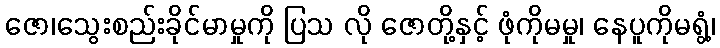
ဇော၊သွေးစည်းခိုင်မာမှုကို ပြသ လို ဇောတို့နှင့် ဖုံကိုမမှု၊ နေပူကိုမရွံ့၊